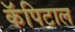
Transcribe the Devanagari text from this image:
कॅपिटाल